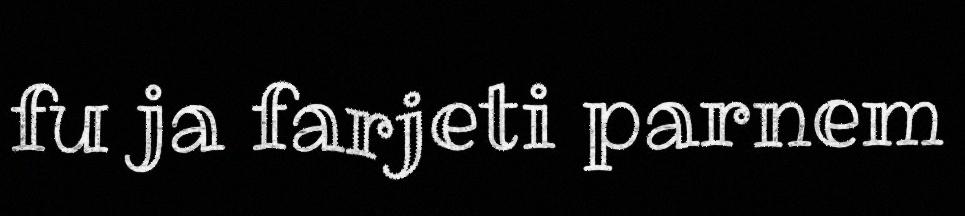
fu ja farjeti parnem